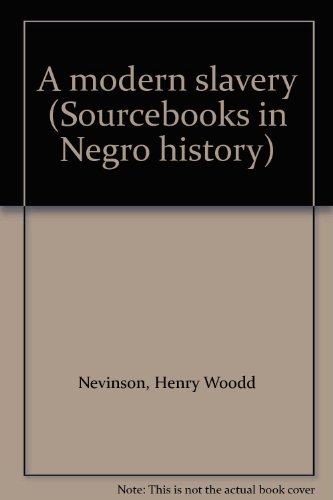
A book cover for A modern slavery (Sourcebooks in Negro history); Henry Woodd Nevinson; Travel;